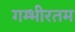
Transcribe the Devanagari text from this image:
गम्भीरतम